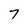
Character: 7